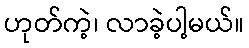
ဟုတ်ကဲ့၊ လာခဲ့ပါ့မယ်။